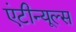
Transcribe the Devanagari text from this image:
एंटीन्यूल्स